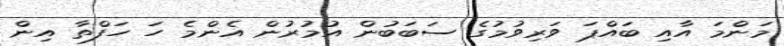
މަންމަ އާއި ބައްޕަ ވަރިވުމުގެ ސަބަބުން އުމުރުން އެންމެ ހަ ހަފްތާ އިން